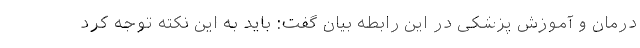
درمان و آموزش پزشکی در این رابطه بیان گفت: باید به این نکته توجه کرد